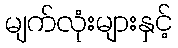
မျက်လုံးများနှင့်